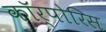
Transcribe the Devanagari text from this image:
कॉर्पोरिस